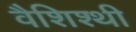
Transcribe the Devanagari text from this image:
वैशिश्थी